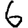
Digit: 6